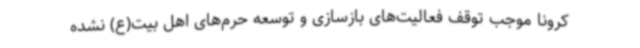
کرونا موجب توقف فعالیت‌های بازسازی و توسعه حرم‌های اهل بیت(ع) نشده